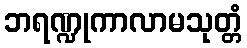
ဘရဏ္ဍုကာလာမသုတ္တံ